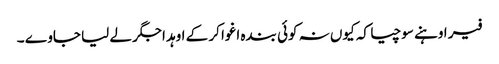
فیر اوہنے سوچیا کہ کیوں نہ کوئی بندہ اغوا کر کے اوہد اجگر لے لیا جاوے ۔